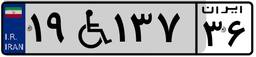
۱۹W۱۳۷۳۶